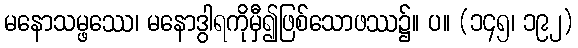
မနောသမ္ဖဿေ၊ မနောဒွါရကိုမှီ၍ဖြစ်သောဖဿ၌။ ပ။ (၁၄၅၊ ၁၉၂)